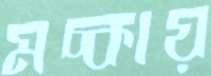
মচ্‌কায়